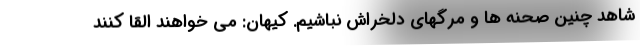
شاهد چنین صحنه ها و مرگهای دلخراش نباشیم. کیهان: می خواهند القا کنند